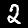
Digit: 2